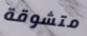
متشوقة